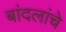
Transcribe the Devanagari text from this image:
बांदलांचे